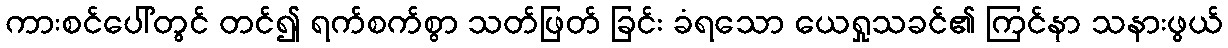
ကားစင်ပေါ်တွင် တင်၍ ရက်စက်စွာ သတ်ဖြတ် ခြင်း ခံရသော ယေရှုသခင်၏ ကြင်နာ သနားဖွယ်